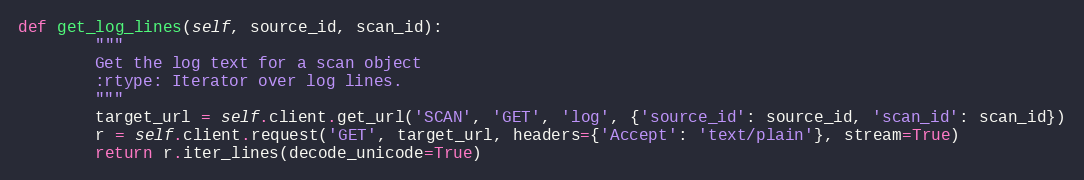
Language: Python
def get_log_lines(self, source_id, scan_id):
        """
        Get the log text for a scan object
        :rtype: Iterator over log lines.
        """
        target_url = self.client.get_url('SCAN', 'GET', 'log', {'source_id': source_id, 'scan_id': scan_id})
        r = self.client.request('GET', target_url, headers={'Accept': 'text/plain'}, stream=True)
        return r.iter_lines(decode_unicode=True)